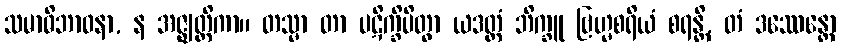
သမာဓိဘာဝနာ, န အဇ္ဈတ္တိကာ။ တသ္မာ တာ ပဋိက္ခိပိတွာ ယဒတ္ထံ ဘိက္ခူ ဗြဟ္မစရိယံ စရန္တိ, တံ ဒဿေန္တော